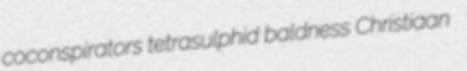
coconspirators tetrasulphid baldness Christiaan